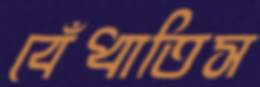
বেঁধাতিস